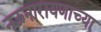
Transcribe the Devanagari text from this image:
नऊनारायणाच्या